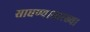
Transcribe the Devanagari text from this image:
साधण्यासारख्या